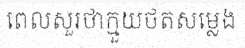
ពេលសួរថាក្មួយថតសម្លេង